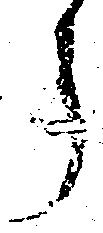
う